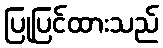
ပြုပြင်ထားသည်